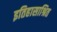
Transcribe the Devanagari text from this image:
इतिहासाश्रित